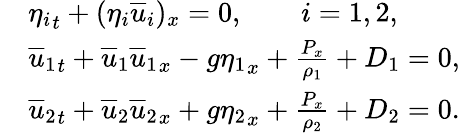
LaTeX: \begin{array}{rl}&{{\eta_{i}}_{t}+(\eta_{i}{\overline{{u}}}_{i})_{x}=0,\qquad i=1,2,}\\ &{{{\overline{{u}}}_{1}}_{t}+{{\overline{{u}}}_{1}}{{\overline{{u}}}_{1}}_{x}-g{\eta_{1}}_{x}+\frac{P_{x}}{\rho_{1}}+D_{1}=0,}\\ &{{{\overline{{u}}}_{2}}_{t}+{{\overline{{u}}}_{2}}{{\overline{{u}}}_{2}}_{x}+g{\eta_{2}}_{x}+\frac{P_{x}}{\rho_{2}}+D_{2}=0.}\end{array}